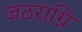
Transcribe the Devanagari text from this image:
जठराग्रि